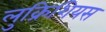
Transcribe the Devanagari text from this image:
लुक्रिशियस